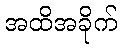
အထိအခိုက်